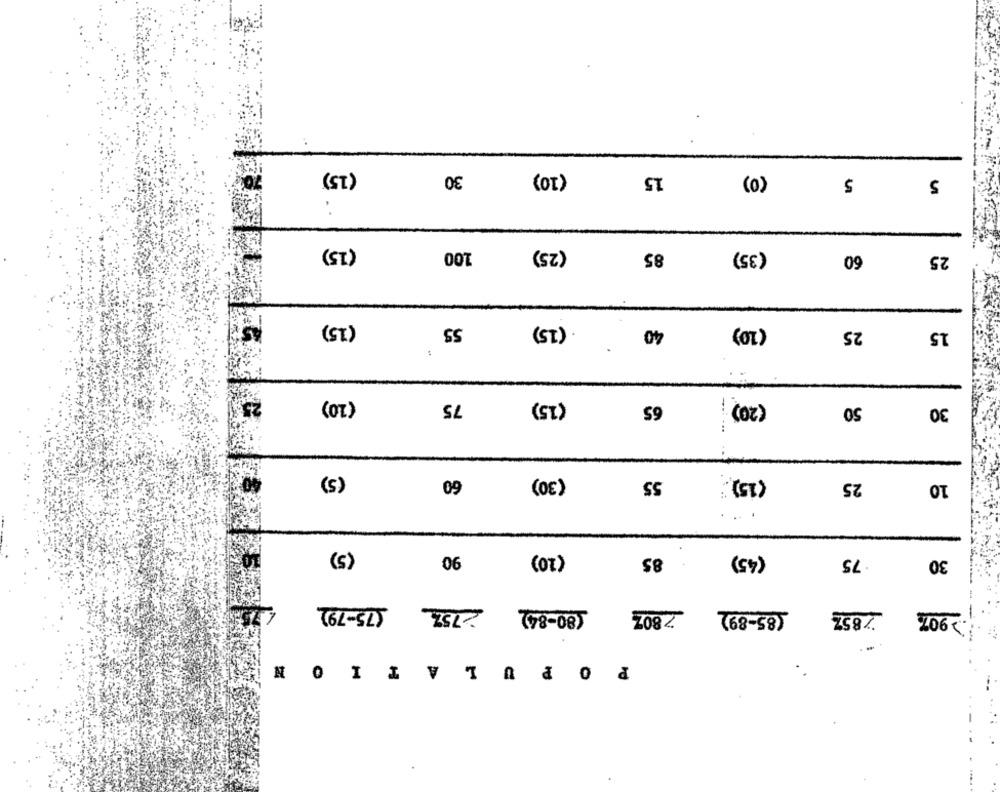
(15)
(10)
30
15
(0)
5
5
. .
(15)
100
(25)
85
(35)
60
25
ASTE
(15)
55
(15)
40
(10)
25
15
25
(10)
75
(15)
(20)
65
50
30
(5)
60
(30)
55
25
(15) :
10
(5)
90
(10)
85
(45)
.75
30
(75-79)
2757
(80-84)
7 80Z
(85-89)
7852
> 907
POPULATION